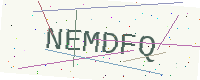
Text: NEMDFQ